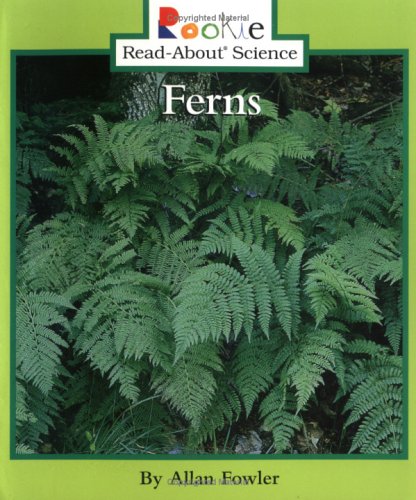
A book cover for Ferns (Rookie Read-About Science); Allan Fowler; Children's Books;